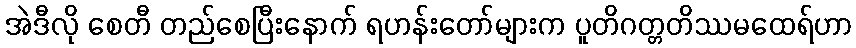
အဲဒီလို စေတီ တည်စေပြီးနောက် ရဟန်းတော်များက ပူတိဂတ္တတိဿမထေရ်ဟာ